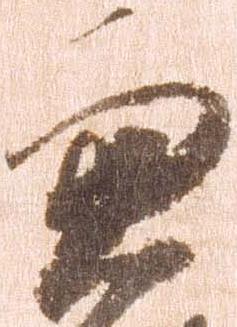
兼